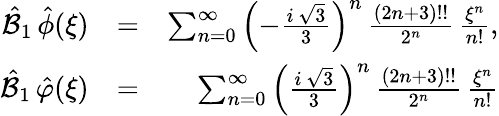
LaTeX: \begin{array}{rlr}{\hat{{\mathcal B}}_{1}\, \hat{\phi}(\xi)}&{=}&{\sum_{n=0}^{\infty}\left(-\frac{i\, \sqrt{3}}{3}\right)^{n}\, \frac{(2n+3)!!}{2^{n}}\, \frac{\xi^{n}}{n!},}\\ {\hat{{\mathcal B}}_{1}\, \hat{\varphi}(\xi)}&{=}&{\sum_{n=0}^{\infty}\left(\frac{i\, \sqrt{3}}{3}\right)^{n}\, \frac{(2n+3)!!}{2^{n}}\, \frac{\xi^{n}}{n!}}\end{array}